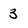
Character: 3